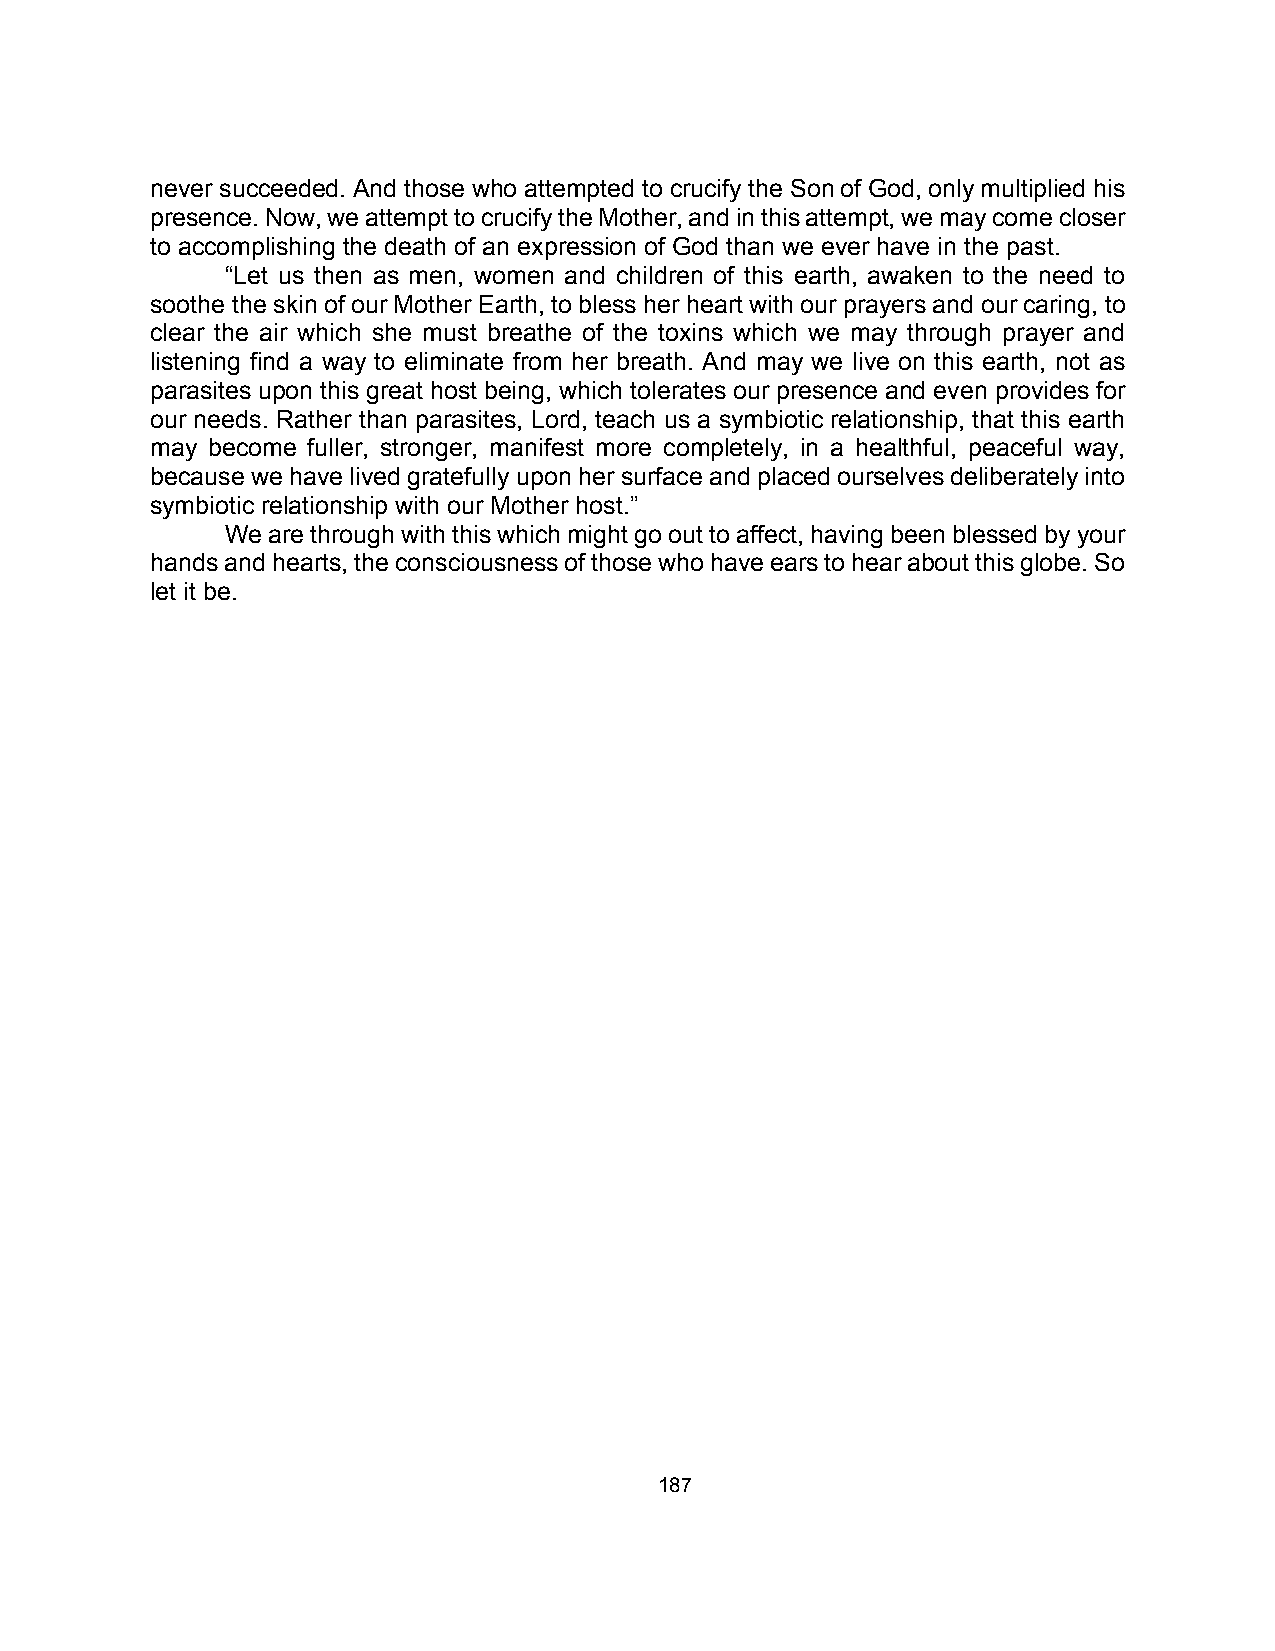
never succeeded. And those who attempted to crucify the Son of God, only multiplied his
 presence. Now, we attempt to crucify the Mother, and in this attempt, we may come closer
 to accomplishing the death of an expression of God than we ever have in the past.
 “Let us then as men, women and children of this earth, awaken to the need to
 soothe the skin of our Mother Earth, to bless her heart with our prayers and our caring, to
 clear the air which she must breathe of the toxins which we may through prayer and
 listening find a way to eliminate from her breath. And may we live on this earth, not as
 parasites upon this great host being, which tolerates our presence and even provides for
 our needs. Rather than parasites, Lord, teach us a symbiotic relationship, that this earth
 may become fuller, stronger, manifest more completely, in a healthful, peaceful way,
 because we have lived gratefully upon her surface and placed ourselves deliberately into
 symbiotic relationship with our Mother host.”
 We are through with this which might go out to affect, having been blessed by your
 hands and hearts, the consciousness of those who have ears to hear about this globe. So
 let it be.
 187